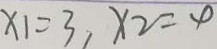
x _ { 1 } = 3 , x _ { 2 } = 4